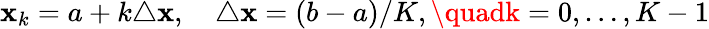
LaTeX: \mathbf{x}_{k}=a+k\triangle\mathbf{x},\quad\triangle\mathbf{x}=(b-a)/K,\quadk=0,\dots,K-1